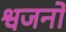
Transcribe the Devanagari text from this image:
श्वजनो